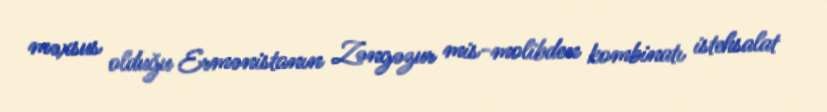
məxsus olduğu Ermənistanın Zəngəzur mis-molibden kombinatı istehsalat